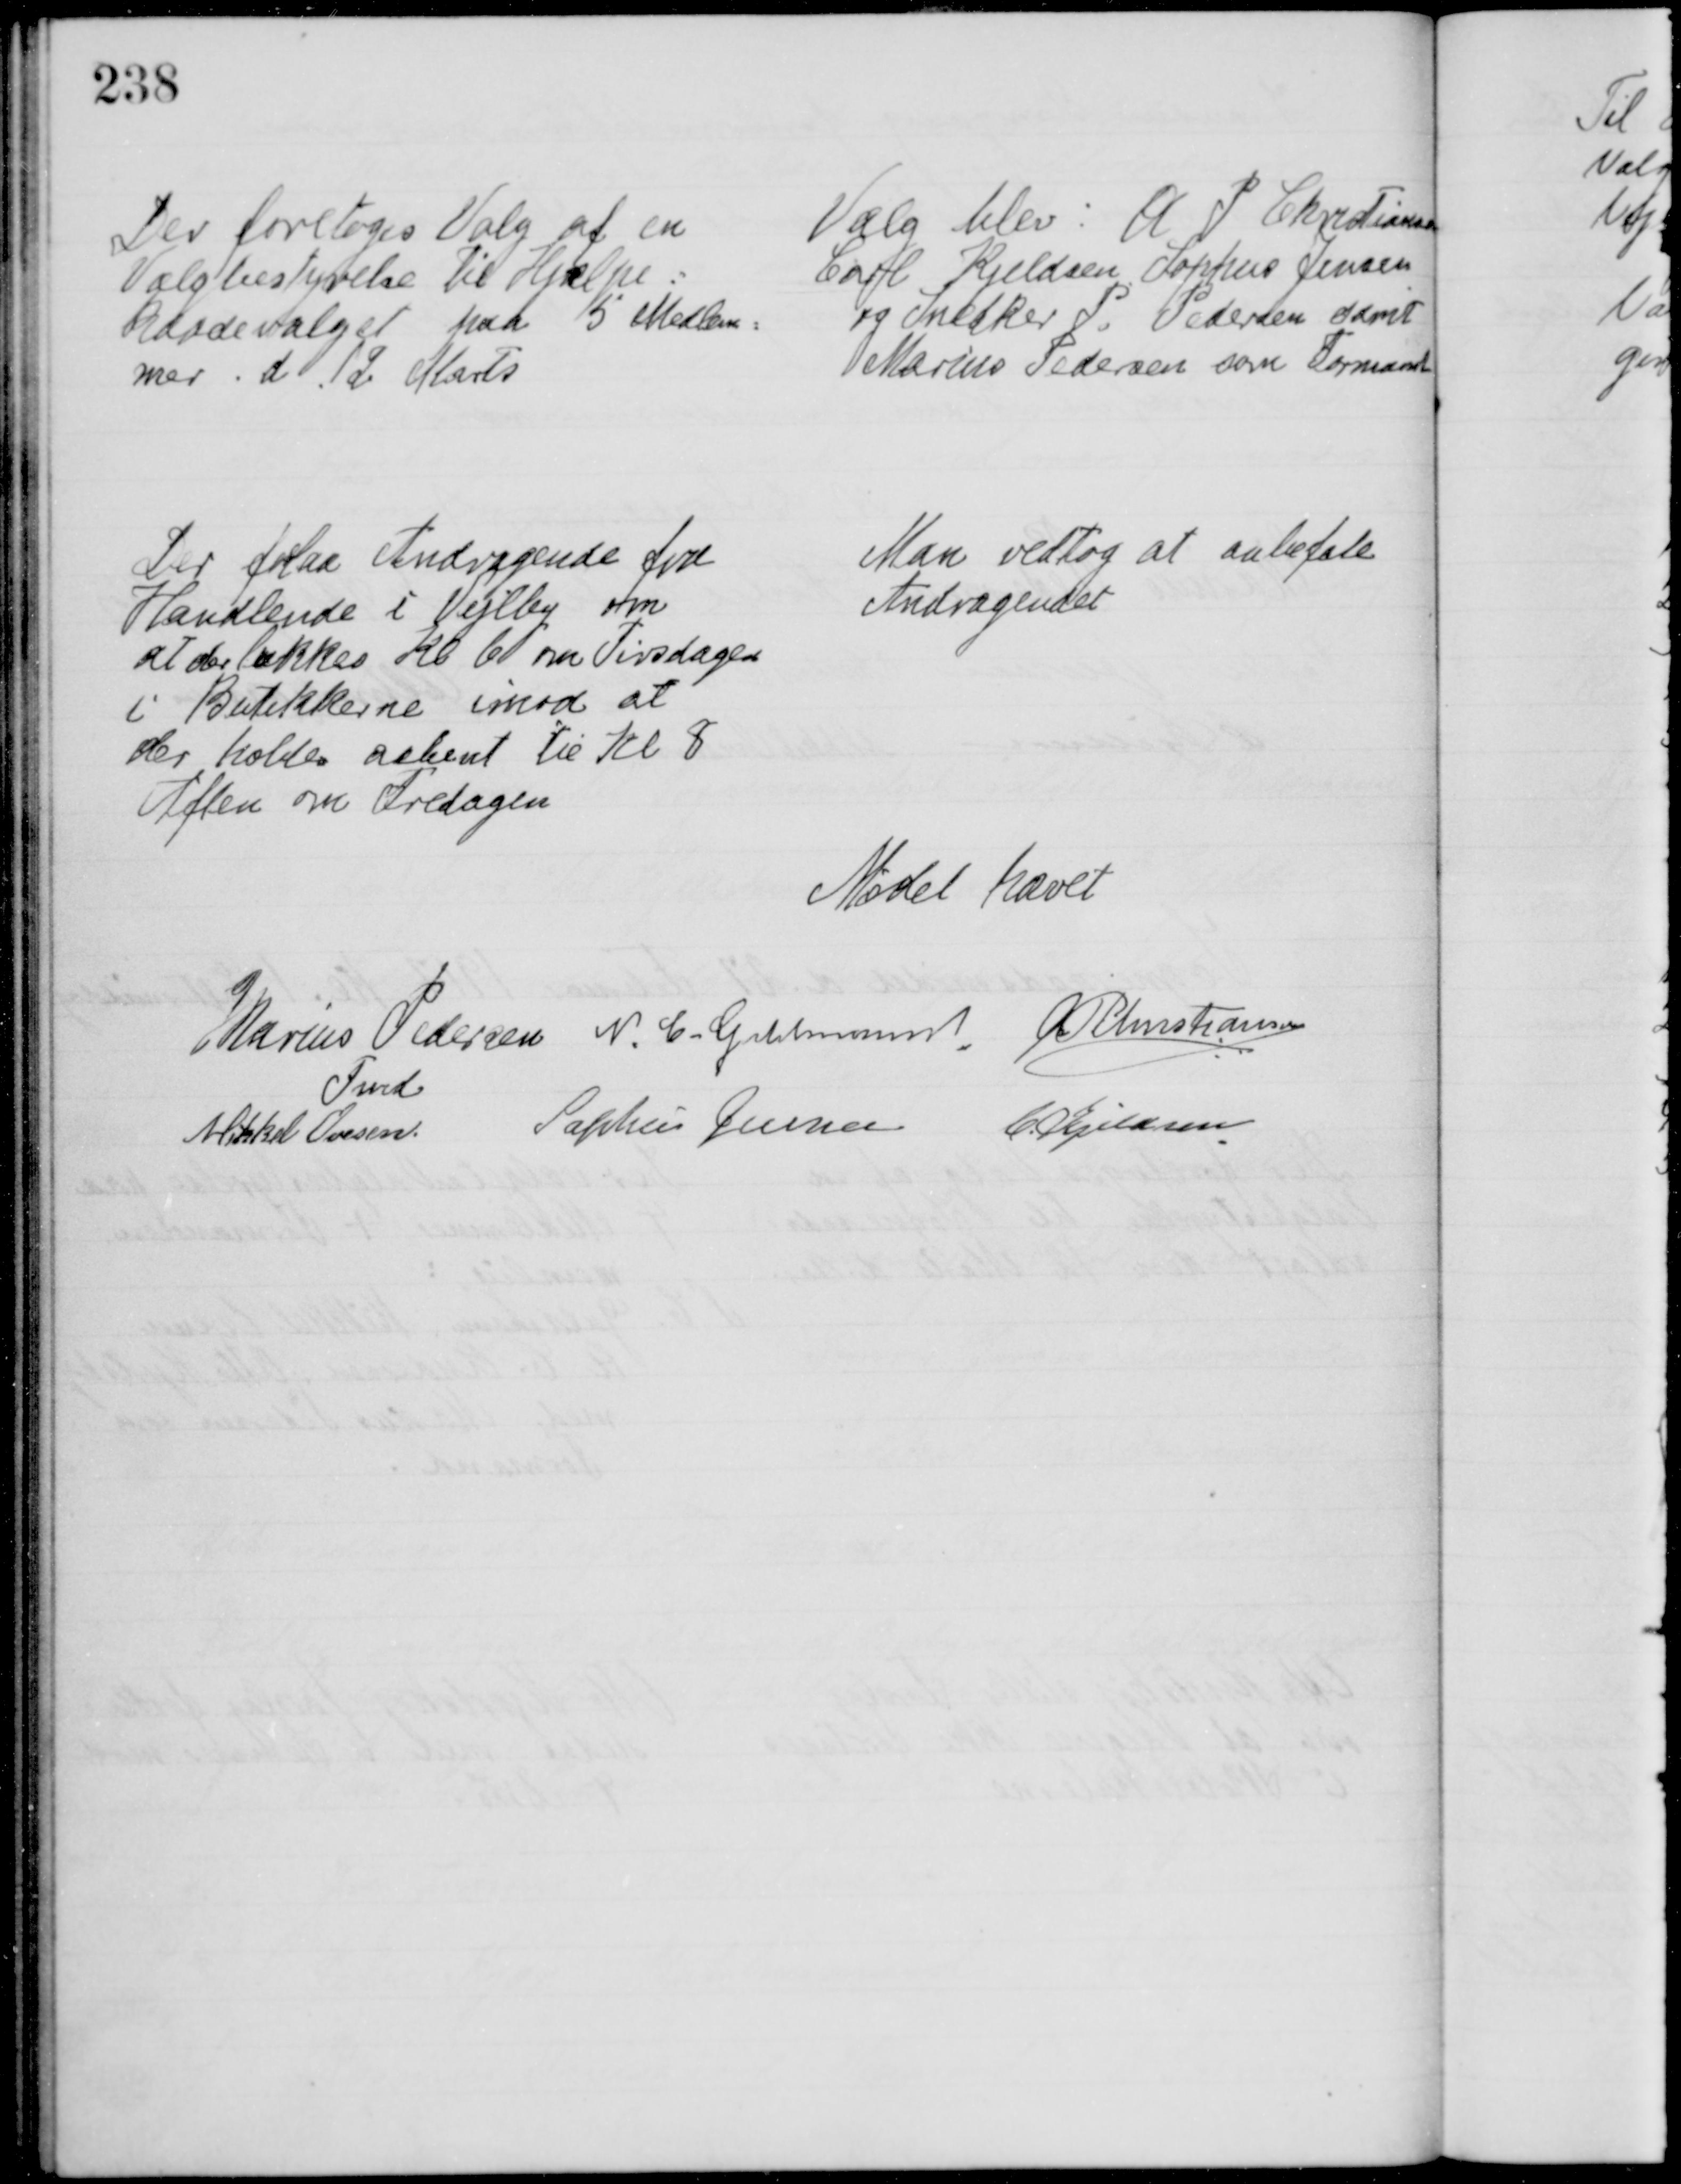
Transskription:
Der foretoges Valg af en
Valgbestyrelse til Hjælpe=
kassevalget paa 5 Medlem=
mer. d. 12 Marts
Valg blev: A P Christiansen
Carl Kjeldsen Sophus Jensen
og Snedker P. Pedersen samt
Marius Pedersen som Formand
Der forlaa Andragende fra
Handlende i Vejlby om
at der lukkes Kl 6 om Tirsdagen
i Butikkerne imod at
der holdes aabent til Kl 8
Aften om Fredagen
Man vedtog at anbefale
Andragendet
Mødet hævet
Marius Pedersen 
Fmd
N. C. Guldmann  A P Christiansen
Mikkel Ovesen Sophus Jensen C. Kjeldsen